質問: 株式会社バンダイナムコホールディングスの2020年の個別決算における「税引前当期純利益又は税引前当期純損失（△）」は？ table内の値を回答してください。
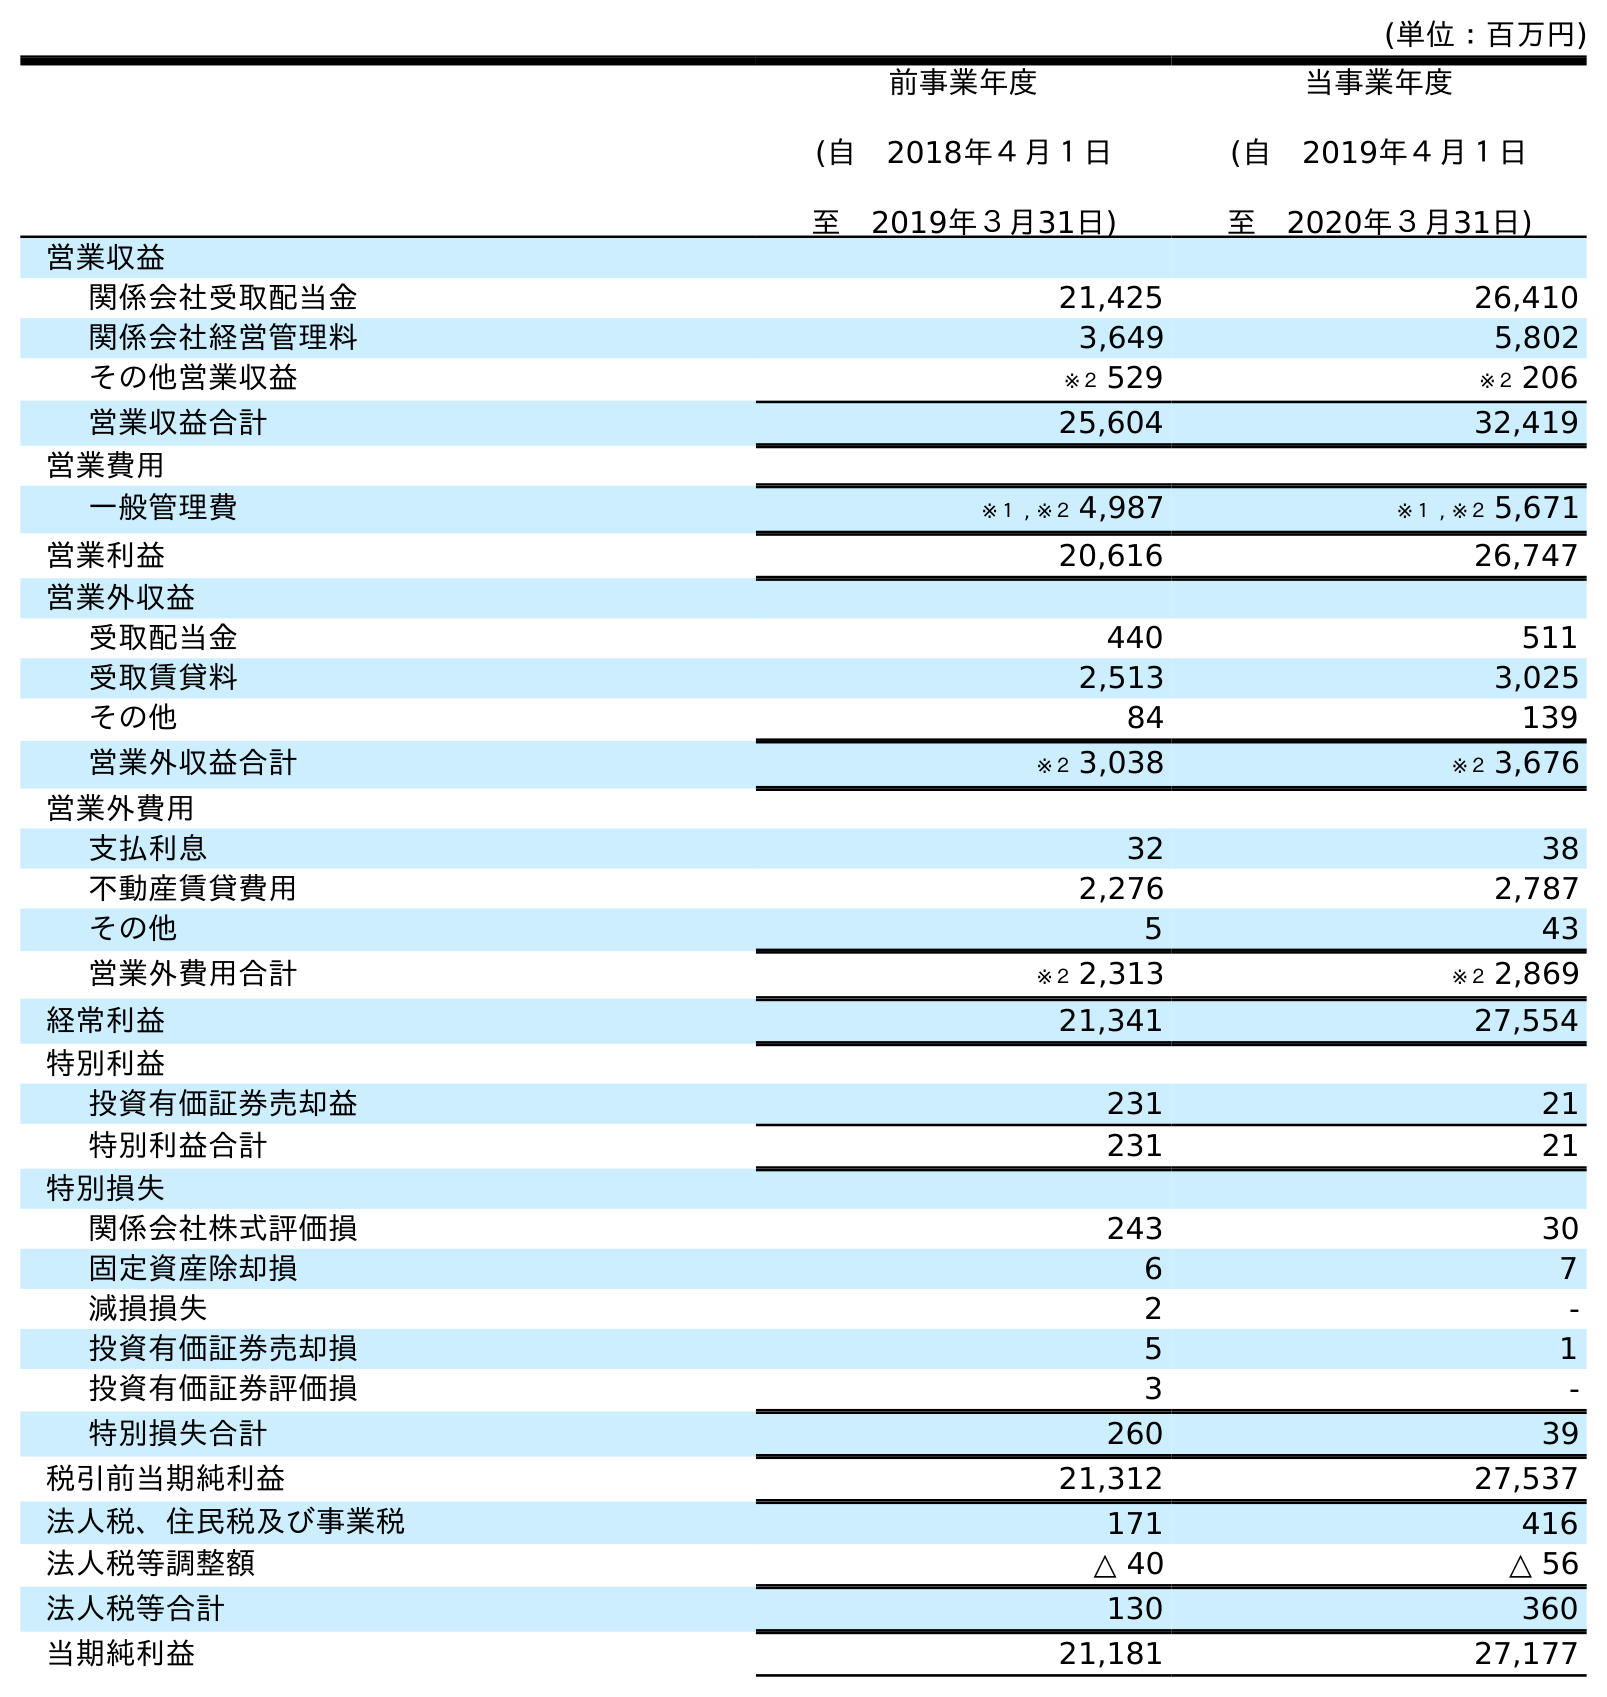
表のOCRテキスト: (単位：百万円) 前事業年度 (自 2018年４月１日 至 2019年３月31日) 当事業年度 (自 2019年４月１日 至 2020年３月31日) 営業収益 関係会社受取配当金 21,425 26,410 関係会社経営管理料 3,649 5,802 その他営業収益 ※２ 529 ※２ 206 営業収益合計 25,604 32,419 営業費用 一般管理費 ※１ , ※２ 4,987 ※１ , ※２ 5,671 営業利益 20,616 26,747 営業外収益 受取配当金 440 511 受取賃貸料 2,513 3,025 その他 84 139 営業外収益合計 ※２ 3,038 ※２ 3,676 営業外費用 支払利息 32 38 不動産賃貸費用 2,276 2,787 その他 5 43 営業外費用合計 ※２ 2,313 ※２ 2,869 経常利益 21,341 27,554 特別利益 投資有価証券売却益 231 21 特別利益合計 231 21 特別損失 関係会社株式評価損 243 30 固定資産除却損 6 7 減損損失 2 - 投資有価証券売却損 5 1 投資有価証券評価損 3 - 特別損失合計 260 39 税引前当期純利益 21,312 27,537 法人税、住民税及び事業税 171 416 法人税等調整額 △ 40 △ 56 法人税等合計 130 360 当期純利益 21,181 27,177
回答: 27,537